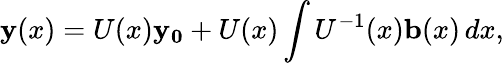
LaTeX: \mathbf{y}(x)=U(x)\mathbf{y_{0}}+U(x)\int U^{-1}(x)\mathbf{b}(x)\, dx,